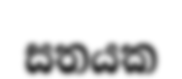
සතයක